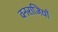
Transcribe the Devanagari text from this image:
वनराजियाँ